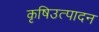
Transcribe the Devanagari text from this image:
कृषिउत्पादन